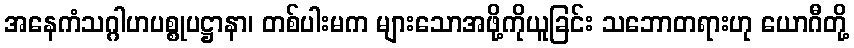
အနေကံသဂ္ဂါဟပစ္စုပဋ္ဌာနာ၊ တစ်ပါးမက များသောအဖို့ကိုယူခြင်း သဘောတရားဟု ယောဂီတို့